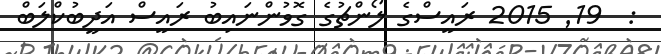
:  19